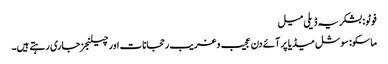
فوٹو: بشکریہ ڈیلی میل
ماسکو: سوشل میڈیا پر آئے دن عجیب و غریب رحجانات اور چیلنجز جاری رہتے ہیں۔